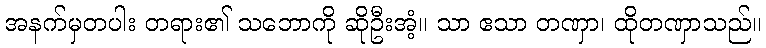
အနက်မှတပါး တရား၏ သဘောကို ဆိုဦးအံ့။ သာ ဧသာ တဏှာ၊ ထိုတဏှာသည်။